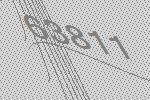
63811